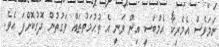
ނަމަވެސް އެމެރިކާ އެމްބަސީ އިން ވަނީ އެ ތުހުމަތުތައް ވަގުތުން ދޮގުކޮށްފަ އެވެ.